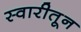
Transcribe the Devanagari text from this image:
स्वारीतून